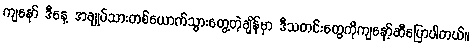
ကျနော် ဒီနေ့ အချုပ်သားတစ်ယောက်သွားတွေ့တဲ့ချိန်မှာ ဒီသတင်းတွေကိုကျနော့်ဆီပြောပါတယ်။